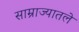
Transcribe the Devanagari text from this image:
साम्राज्यातले